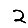
Digit: 2